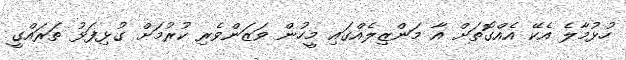
ހުޅުމާލެ އެކޭ އެއްގޮތަށް އާ މަންޒިލެއްގައި މީހުން ވަޒަންވެރި ކުރުމަށް ގުޅިފަޅު ތަރައްގީ